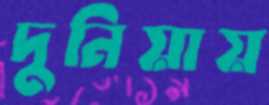
দুনিয়ায়